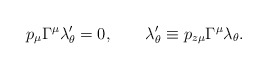
\begin{align*}p_\mu\Gamma^\mu\lambda'_\theta =0, \qquad \lambda'_\theta \equiv p_{z\mu}\Gamma^\mu\lambda_\theta.\end{align*}